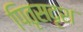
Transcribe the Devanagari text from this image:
पितृसदृश